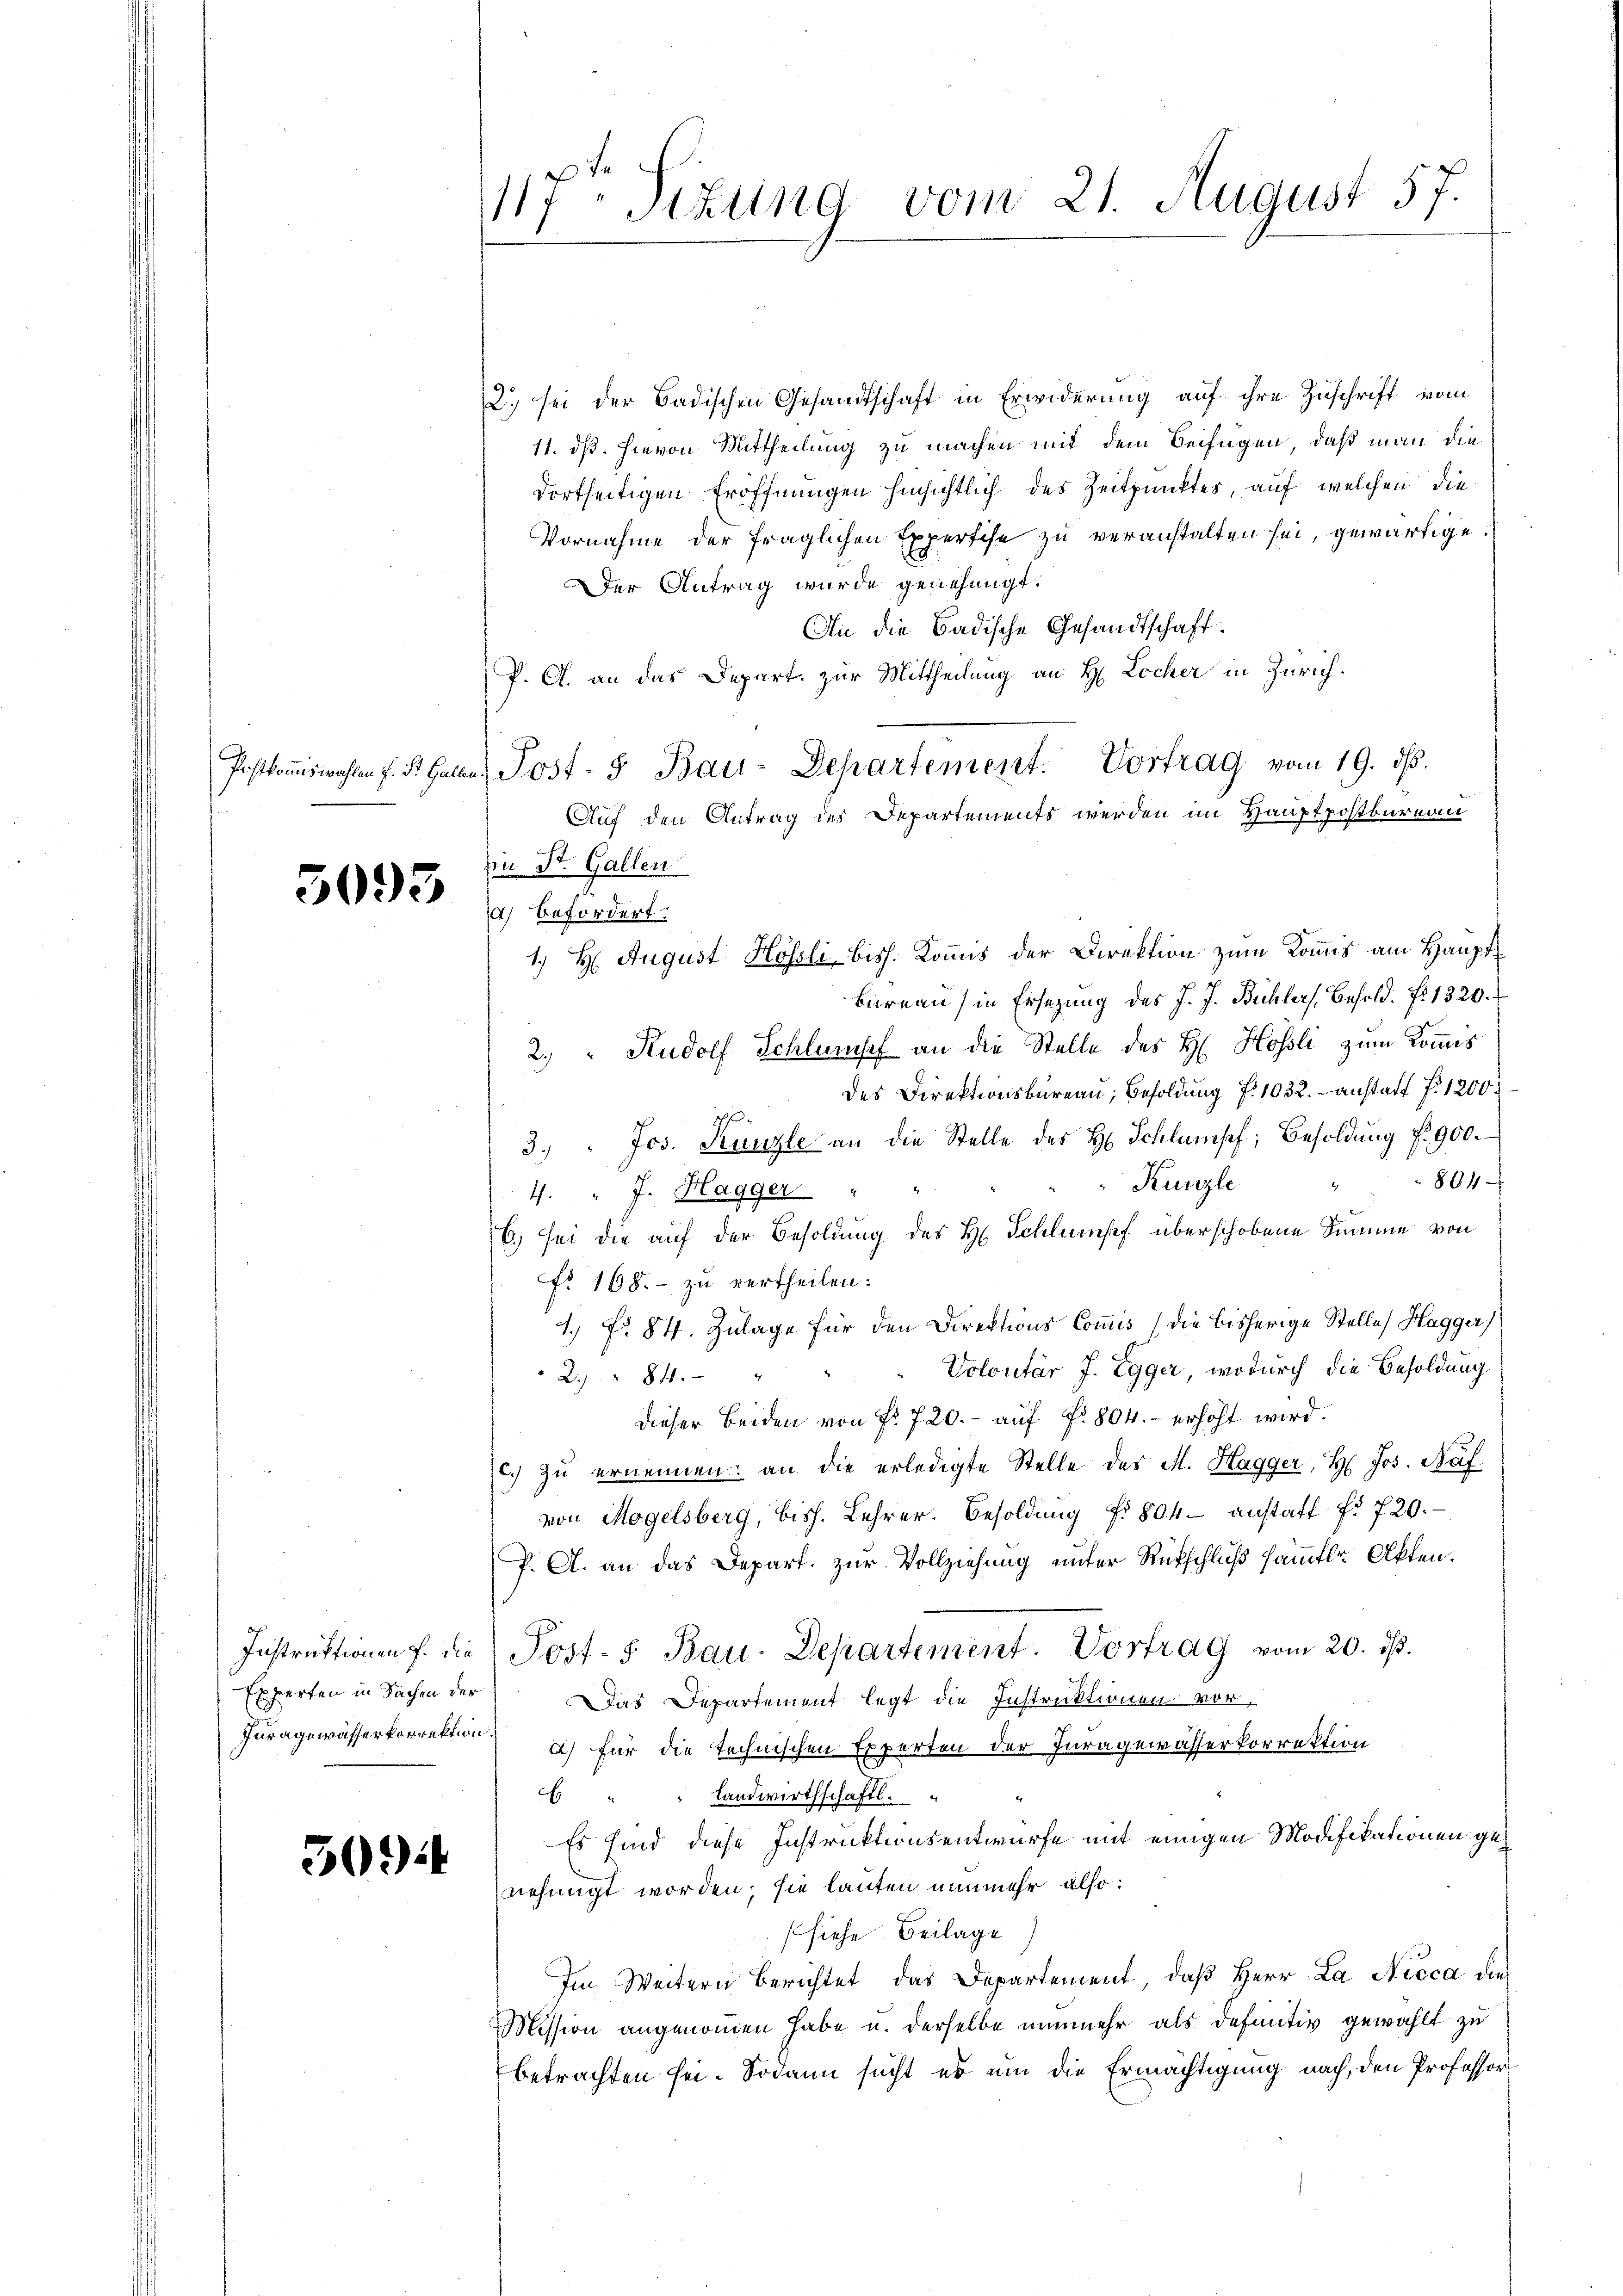
5095

2.) sei der Badischen Gesandtschaft in Erwiderung auf ihre Zuschrift vom
11. dß. hievon Mittheilung zu machen mit dem Beifügen, daß man die
dortseitigen Eröffnungen hinsichtlich des Zeitpunktes, auf welchen die
Vornahme der fraglichen Expertise zu veranstalten sei, gewärtige.
Der Antrag wurde genehmigt.
An die Badische Gesandtschaft.
P. A. an das Depart. zur Mittheilung an H. Locher in Zürich.
Auf den Antrag des Departements werden im Hauptpostkureau
Ein St. Gallen
1) befordert:
1) H: August Hösli biss. Kommis der Direktion zum Kommis am Haupt¬
Büreau in Ersezung des J. J. Büchler Besold. f. 1320.
2. " Rudolf Schlumpf an die Stelle des H. Hösli zum Kommis
des Direktionsbüreau, Besoldung f. 1032. anstatt f. 1200
3. " Jos. Kanzle an die Stelle des H. Schlumpf, Besoldung f. 900.
804
Kurzle
.
4. " J. Hagger "
6.) sei die auf der Besoldung des H. Schlumpf überschobene Summe von
fr 168. - zu vertheilen:
1.) No 84. Zulage für den Direktions Commis (die bisherige Stelle Hagger
Volontär J. Egger, wodurch die Besoldung
2. " 84. "
dieser Beiden von Fr. 720.- aŭf fr. 804.- erhöht wird.
c. zŭ ernennen: an die erledigte Stelle des M. Hagger, H. Jos. Naf
von Mogelsberg, bish. Lehrer. Besoldŭng f. 804. anstatt f. 720.
P. A. an das Depart. zur Vollziehung unter Rückschluß sämmtl. Akten.
Instruktionen f. die Post- 5. Bau-Departement. Vortrag vom 20. ds.
Das Departement legt die Instruktionen vor,
Iuragewässerkorrektor a) für die technischen Experten der Iuragewässerkorrektion
 " " Landwirthschaftl.
Es sind diese Instruktionsentwurfe mit einigen Modifikationen genehmigt worden; sie lauten nunmehr also:
(siehe Beilage
Im Weitern berichtet das Departement, daβ Herr La Nicca dies
Mission angenommen habe u. derselbe nunmehr als definitiv gewählt zu
betrachten sei. Sodann sucht es um die Ermächtigung nach, den Professor

Experten in Sachen der

3094

1f Sitzung vom 21. August 57.

Postkommiswahlen f. St. Galen Post- & Bau-Departement. Vortrag vom 19. ds.